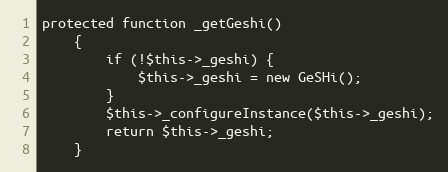
Language: PHP
protected function _getGeshi()
    {
        if (!$this->_geshi) {
            $this->_geshi = new GeSHi();
        }
        $this->_configureInstance($this->_geshi);
        return $this->_geshi;
    }